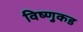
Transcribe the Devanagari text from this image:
विष्णुकड